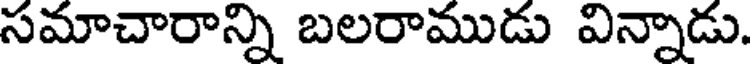
సమాచారాన్ని బలరాముడు విన్నాడు.